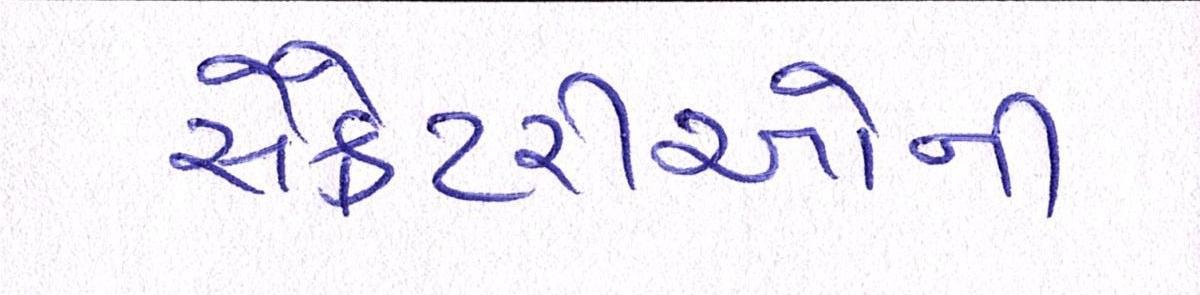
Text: સેક્રેટરીઓની